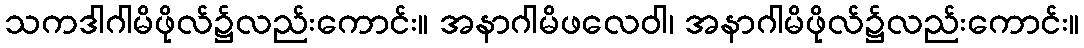
သကဒါဂါမိဖိုလ်၌လည်းကောင်း။ အနာဂါမိဖလေဝါ၊ အနာဂါမိဖိုလ်၌လည်းကောင်း။